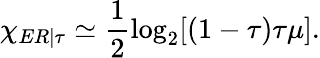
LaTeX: \chi_{ER|\tau}\simeq\frac{1}{2}\log_{2}[(1-\tau)\tau\mu].